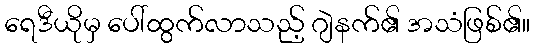
ရေဒီယိုမှ ပေါ်ထွက်လာသည့် ဂျဲနက်၏ အသံဖြစ်၏။